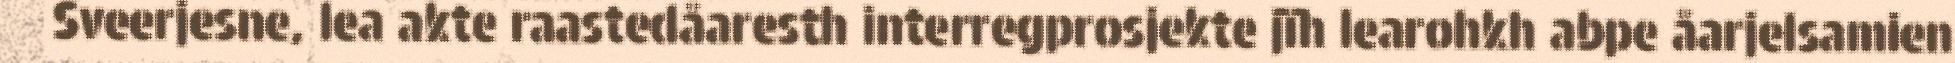
Sveerjesne, lea akte raastedåaresth interregprosjekte jïh learohkh abpe åarjelsamien